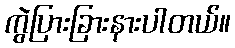
ကွဲပြားခြားနားပါတယ်။